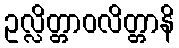
ဥလ္လိတ္တာဝလိတ္တာနိ